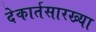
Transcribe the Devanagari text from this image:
देकार्तसारख्या